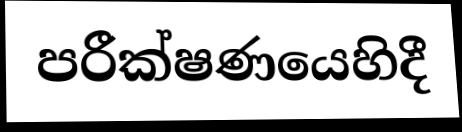
පරීක්ෂණයෙහිදී